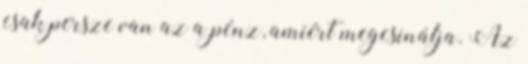
csak persze van az a pénz, amiért megcsinálja. Az